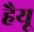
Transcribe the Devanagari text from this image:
हैयू